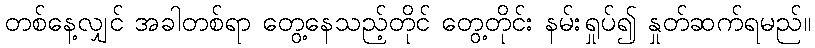
တစ်နေ့လျှင် အခါတစ်ရာ တွေ့နေသည့်တိုင် တွေ့တိုင်း နမ်းရှုပ်၍ နှုတ်ဆက်ရမည်။